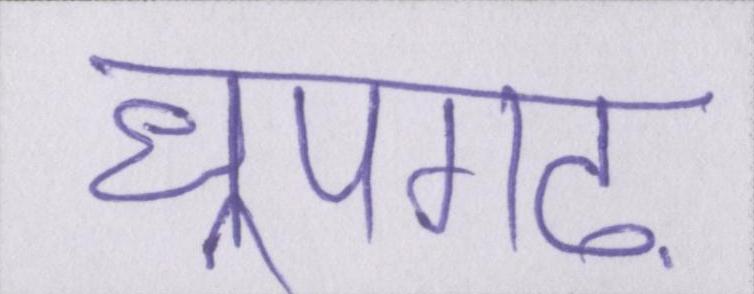
धूपगढ़